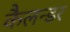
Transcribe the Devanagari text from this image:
कैलन्डर